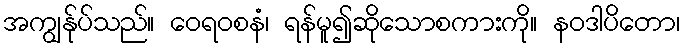
အကျွန်ုပ်သည်။ ဝေရဝစနံ၊ ရန်မူ၍ဆိုသောစကားကို။ နဝဒါပိတော၊